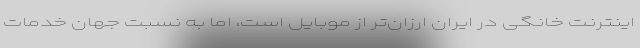
اینترنت خانگی در ایران ارزان‌تر از موبایل است، اما به نسبت جهان خدمات